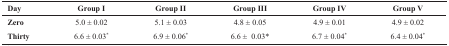
<table><thead><tr><td><b>Day</b></td><td><b>Group I</b></td><td><b>Group II</b></td><td><b>Group III</b></td><td><b>Group IV</b></td><td><b>Group V</b></td></tr></thead><tbody><tr><td><b>Zero</b></td><td>5.0 ± 0.02</td><td>5.1 ± 0.03</td><td>4.8 ± 0.05</td><td>4.9 ± 0.01</td><td>4.9 ± 0.02</td></tr><tr><td><b>Thirty</b></td><td>6.6 ± 0.03*</td><td>6.9 ± 0.06*</td><td>6.6 ± 0.03*</td><td>6.7 ± 0.04*</td><td>6.4 ± 0.04*</td></tr></tbody></table>